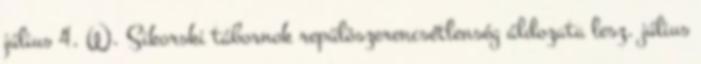
július 4. W. Sikorski tábornok repülõszerencsétlenség áldozata lesz. július